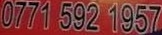
0771 592 1957